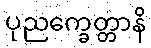
ပုညက္ခေတ္တာနိ